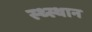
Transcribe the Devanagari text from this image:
स्‍थ्‍स्थान